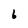
Character: 6